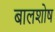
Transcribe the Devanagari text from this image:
बालशोष